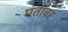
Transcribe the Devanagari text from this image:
पंतावर